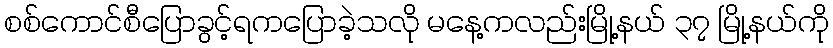
စစ်ကောင်စီပြောခွင့်ရကပြောခဲ့သလို မနေ့ကလည်းမြို့နယ် ၃၇ မြို့နယ်ကို